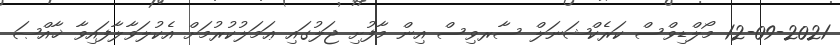
12-09-2021 މޯލްޑިވްސް ކަރެކްޝަނަލް ސާރވިސް އިން މާފުށި ޖަލުގައި ޢަމަލުކުރުމަށް އެކުލަވާލާފައިވާ ޚާއްޞަ